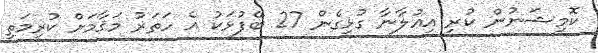
ކޮމިޝަނުން ކުރި އިޢުލާނާ ގުޅިގެން 27 ބޭފުޅަކު އެ ހަތަރު މަޤާމަށް ކުރިމަތި